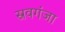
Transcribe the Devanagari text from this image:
स्रवगंजा